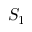
S _ { 1 }